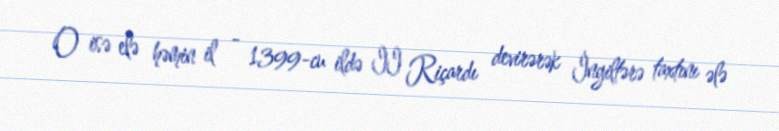
O isə elə həmin il - 1399-cu ildə II Riçardı devirərək İngiltərə taxtını ələ